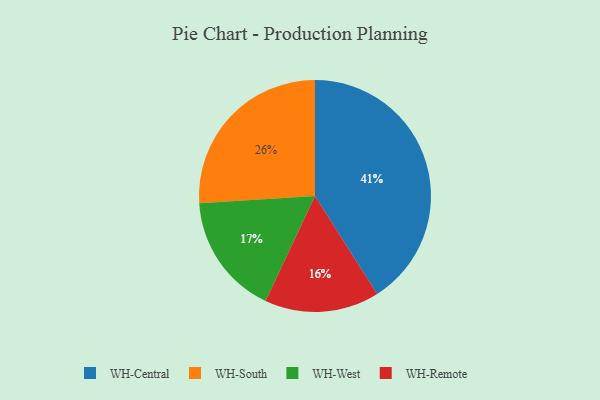
{"axis": {"x": "Category", "y": "Percentage"}, "legend": ["WH-Central", "WH-Remote", "WH-South", "WH-West"], "data": [{"x": "WH-Central", "y": 41, "type": "WH-Central"}, {"x": "WH-Remote", "y": 16, "type": "WH-Remote"}, {"x": "WH-South", "y": 26, "type": "WH-South"}, {"x": "WH-West", "y": 17, "type": "WH-West"}]}